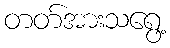
တတ်အားသရွေ့